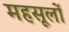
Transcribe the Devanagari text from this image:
महसूलों